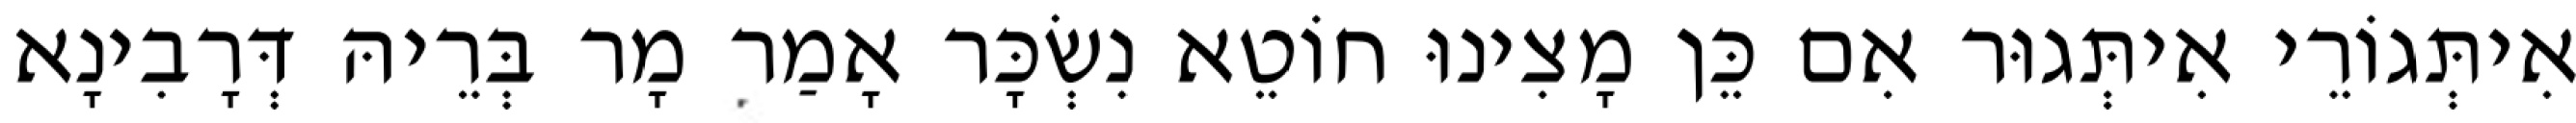
אִיתְּגוֹרֵי אִיתְּגוּר אִם כֵּן מָצִינוּ חוֹטֵא נִשְׂכָּר אָמַר מָר בְּרֵיהּ דְּרָבִינָא